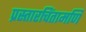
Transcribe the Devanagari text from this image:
प्रस्तारचिंतामणि